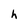
Character: h